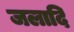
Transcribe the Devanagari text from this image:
जलादि